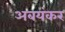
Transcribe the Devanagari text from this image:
अबयंकर